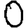
Digit: 0